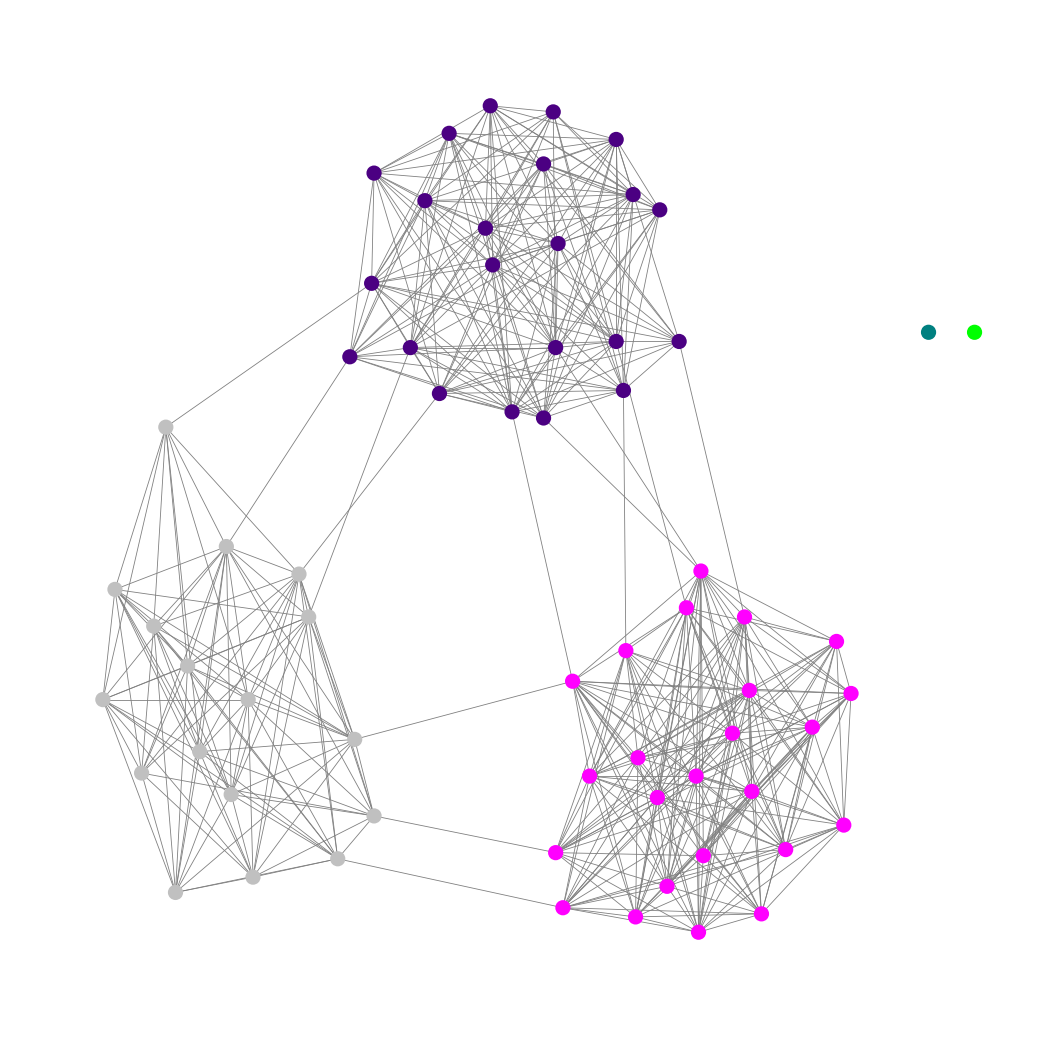
Graph connected: No
Number of connected components: 3
Number of singletons: 2
Total number of nodes: 65
Total number of edges: 479
Number of communities: 5
Community sizes:
Fuchsia: 24
Indigo: 22
Lime: 1
Silver: 17
Teal: 1
Graph layout: tda
Graph generation method: erdos_renyi